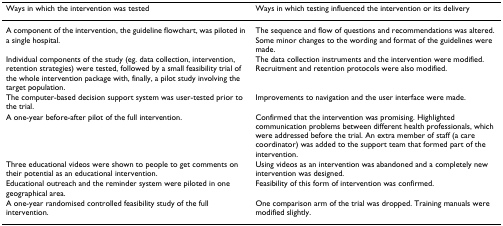
| Ways in which the intervention was tested | Ways in which testing influenced the intervention or its delivery |
 | --- | --- |
 | A component of the intervention, the guideline flowchart, was piloted in a single hospital. | The sequence and flow of questions and recommendations was altered. Some minor changes to the wording and format of the guidelines were made. |
 | Individual components of the study (eg. data collection, intervention, retention strategies) were tested, followed by a small feasibility trial of the whole intervention package with, finally, a pilot study involving the target population. | The data collection instruments and the intervention were modified. Recruitment and retention protocols were also modified. |
 | The computer-based decision support system was user-tested prior to the trial. | Improvements to navigation and the user interface were made. |
 | A one-year before-after pilot of the full intervention. | Confirmed that the intervention was promising. Highlighted communication problems between different health professionals, which were addressed before the trial. An extra member of staff (a care coordinator) was added to the support team that formed part of the intervention. |
 | Three educational videos were shown to people to get comments on their potential as an educational intervention. | Using videos as an intervention was abandoned and a completely new intervention was designed. |
 | Educational outreach and the reminder system were piloted in one geographical area. | Feasibility of this form of intervention was confirmed. |
 | A one-year randomised controlled feasibility study of the full intervention. | One comparison arm of the trial was dropped. Training manuals were modified slightly. |